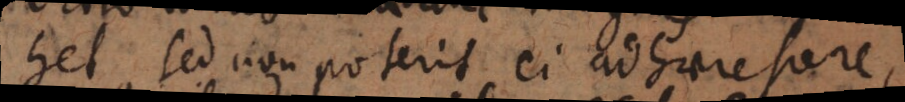
het, sed non poterit ei adhaerescere,